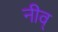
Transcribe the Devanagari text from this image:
नीव्